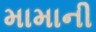
મામાની